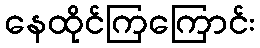
နေထိုင်ကြကြောင်း